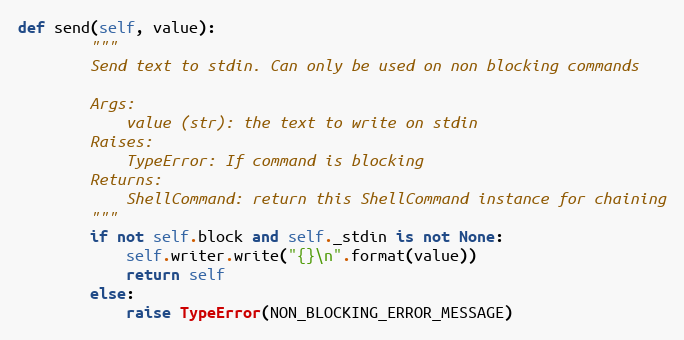
Language: Python
def send(self, value):
        """
        Send text to stdin. Can only be used on non blocking commands

        Args:
            value (str): the text to write on stdin
        Raises:
            TypeError: If command is blocking
        Returns:
            ShellCommand: return this ShellCommand instance for chaining
        """
        if not self.block and self._stdin is not None:
            self.writer.write("{}\n".format(value))
            return self
        else:
            raise TypeError(NON_BLOCKING_ERROR_MESSAGE)